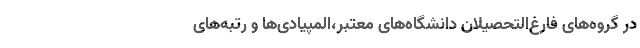
در گروه‌های فارغ‌التحصیلان دانشگاه‌های معتبر،‌المپیادی‌ها و رتبه‌های